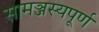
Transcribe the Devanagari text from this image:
सामञ्जस्यपूर्ण